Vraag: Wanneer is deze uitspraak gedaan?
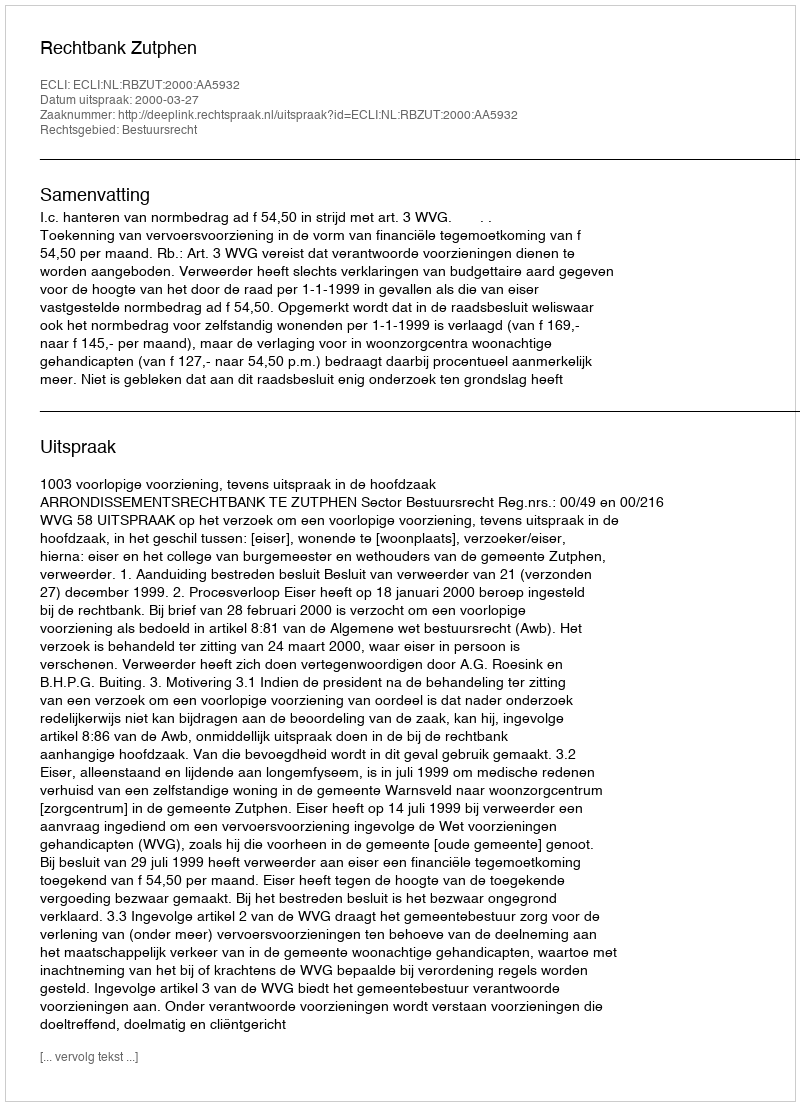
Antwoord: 2000-03-27